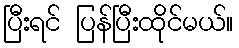
ပြီးရင် ပြန်ပြီးထိုင်မယ်။